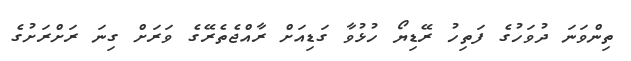
ތިންވަނަ ދުވަހުގެ ފަތިހު ރޭޑިޔޯ ހުޅުވާ ގަޑިއަށް ރާއްޖެތެރޭގެ ވަރަށް ގިނަ ރަށްރަށުގެ